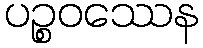
ပဉ္စဝဿေန